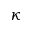
\kappa